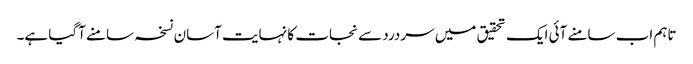
تاہم اب سامنے آئی ایک تحقیق میں سردرد سے نجات کا نہایت آسان نسخہ سامنے آگیا ہے۔